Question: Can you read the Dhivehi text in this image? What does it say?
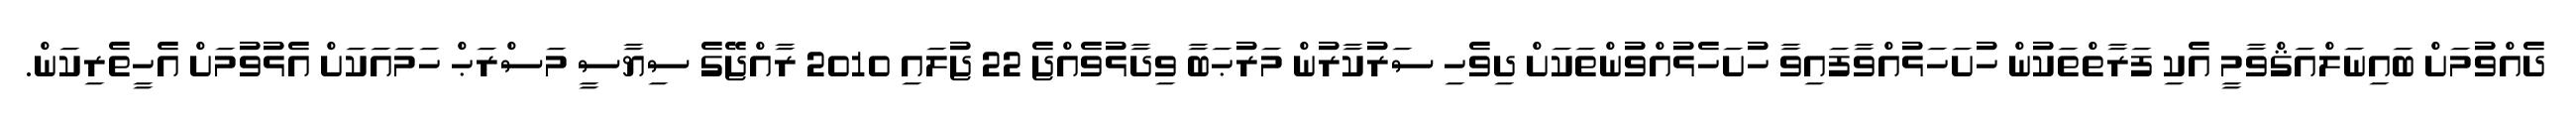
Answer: ދެއްވުމަށް ބައިނަލްއަޤްވާމީ އެކި ފަރާތްތަކުން ހުށަހަޅުއްވާފައިވާ ހުށަހެޅުއްވުންތަކަށް ދިވެހި ސަރުކާރުން މަރުޙަބާ ވިދާޅުވެއްޖެ 22 ޖުލައި 2010 ރާއްޖޭގެ ސިޔާސީ މަސްރަޙް ހަމައަކަށް އެޅުވުމަށް އެހީތެރިކަން.